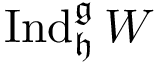
\operatorname { I n d } _ { \mathfrak { h } } ^ { \mathfrak { g } } W